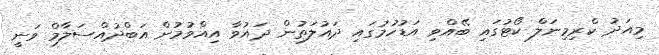
މިއަދު ކްރިމިނަލް ކޯޓުގައި ބޭއްވި އަޑުހުމުގައި ދައުލަތުން ދައުވާ އިއްވުމުން އަބްދުއްސަލާމް ވަނީ